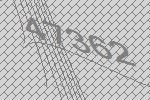
47362